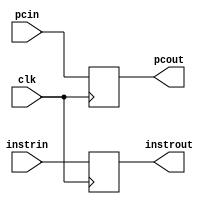
`timescale 1ns / 1ps
//////////////////////////////////////////////////////////////////////////////////
// Company: 
// Engineer: 
// 
// Design Name: 
// Module Name:    latch 
// Project Name: 
// Target Devices: 
// Tool versions: 
// Description: 
//
// Dependencies: 
//
// Revision: 
// Revision 0.01 - File Created
// Additional Comments: 
//
//////////////////////////////////////////////////////////////////////////////////
module IF_ID_latch(
input clk,
input wire [31:0] pcin, instrin,
output reg [31:0] pcout, instrout
    );

always @ (posedge clk) begin
	pcout <= pcin;
	instrout <= instrin;
end
endmodule